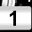
Digit: 1